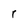
Character: r